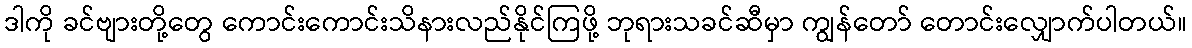
ဒါကို ခင်ဗျားတို့တွေ ကောင်းကောင်းသိနားလည်နိုင်ကြဖို့ ဘုရားသခင်ဆီမှာ ကျွန်တော် တောင်းလျှောက်ပါတယ်။